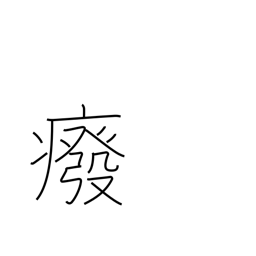
Meaning: getting crippled